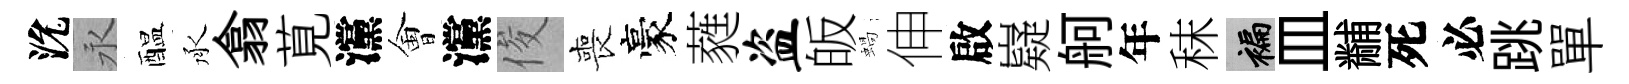
沇永醖承翕莧灙㑹灙俊喪豪蕤盗皈蝸伸啟嶷舸年秣褊皿黼死必跳單